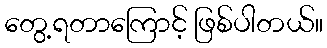
တွေ့ရတာကြောင့် ဖြစ်ပါတယ်။